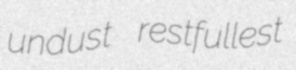
undust restfullest